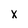
Character: x